Sanitation, dispensaries and jails vaccination Rajputana 1922-1927 - 1922-1927
Year: 1922
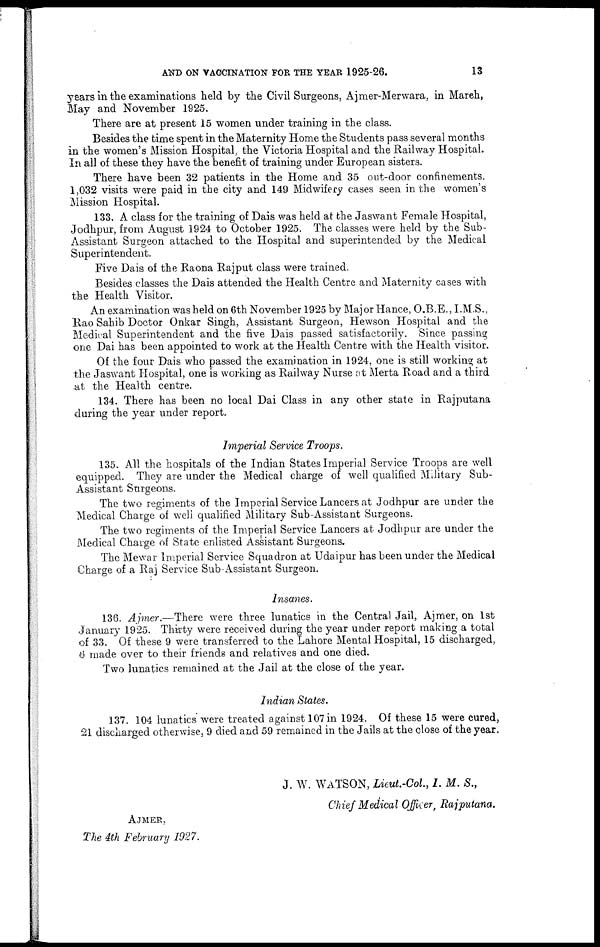
AND ON VACCINATION FOR THE YEAR 1925-26.
13
years in the examinations held by the Civil Surgeons, Ajmer-Merwara, in March,
May and November 1925.
There are at present 15 women under training in the class.
Besides the time spent in the Maternity Home the Students pass several months
in the women's Mission Hospital, the Victoria Hospital and the Railway Hospital.
In all of these they have the benefit of training under European sisters.
There have been 32 patients in the Home and 35 out-door confinements.
1,032 visits were paid in the city and 149 Midwifery cases seen in the women's
Mission Hospital.
133. A class for the training of Dais was held at the Jaswant Female Hospital,
Jodhpur, from August 1924 to October 1925. The classes were held by the Sub-
Assistant Surgeon attached to the Hospital and superintended by the Medical
Superintendent.
Five Dais of the Raona Rajput class were trained.
Besides classes the Dais attended the Health Centre and Maternity cases with
the Health Visitor.
An examination was held on 6th November 1925 by Major Hance, O.B.E., I.M.S.,
Rao Sahib Doctor Onkar Singh, Assistant Surgeon, Hewson Hospital and the
Medical Superintendent and the five Dais passed satisfactorily. Since passing
one Dai has been appointed to work at the Health Centre with the Health visitor.
Of the four Dais who passed the examination in 1924, one is still working at
the Jaswant Hospital, one is working as Railway Nurse at Merta Road and a third
at the Health centre.
134. There has been no local Dai Class in any other state in Rajputana
during the year under report.
Imperial Service Troops.
135. All the hospitals of the Indian States Imperial Service Troops are well
equipped. They are under the Medical charge of well qualified Military Sub-
Assistant Surgeons.
The two regiments of the Imperial Service Lancers at Jodhpur are under the
Medical Charge of well qualified Military Sub-Assistant Surgeons.
The two regiments of the Imperial Service Lancers at Jodhpur are under the
Medical Charge of State enlisted Assistant Surgeons.
The Mewar Imperial Service Squadron at Udaipur has been under the Medical
Charge of a Raj Service Sub-Assistant Surgeon.
Insanes.
136. Ajmer.—There were three lunatics in the Central Jail, Ajmer, on 1st
January 1925. Thirty were received during the year under report making a total
of 33. Of these 9 were transferred to the Lahore Mental Hospital, 15 discharged,
6 made over to their friends and relatives and one died.
Two lunatics remained at the Jail at the close of the year.
Indian States.
137. 104 lunatics were treated against 107 in 1924. Of these 15 were cured,
21 discharged otherwise, 9 died and 59 remained in the Jails at the close of the year.
J. W. WATSON, Lieut.-Col., I. M. S.,
Chief Medical Officer, Rajputana.
AJMER,
The 4th February 1927.